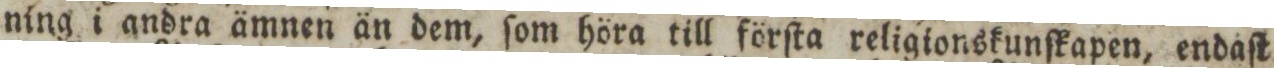
ning i andra ämnen än dem, ſom höra till förſta religionskunſkapen, endaſt